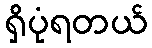
ရှိပုံရတယ်